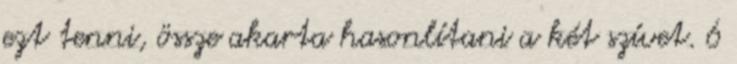
ezt tenni, össze akarta hasonlítani a két szívet. 6